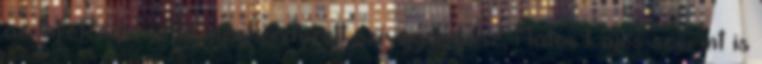
az InfoRádió által megkérdezett szívgyógyász, Matos Lajos szerint is